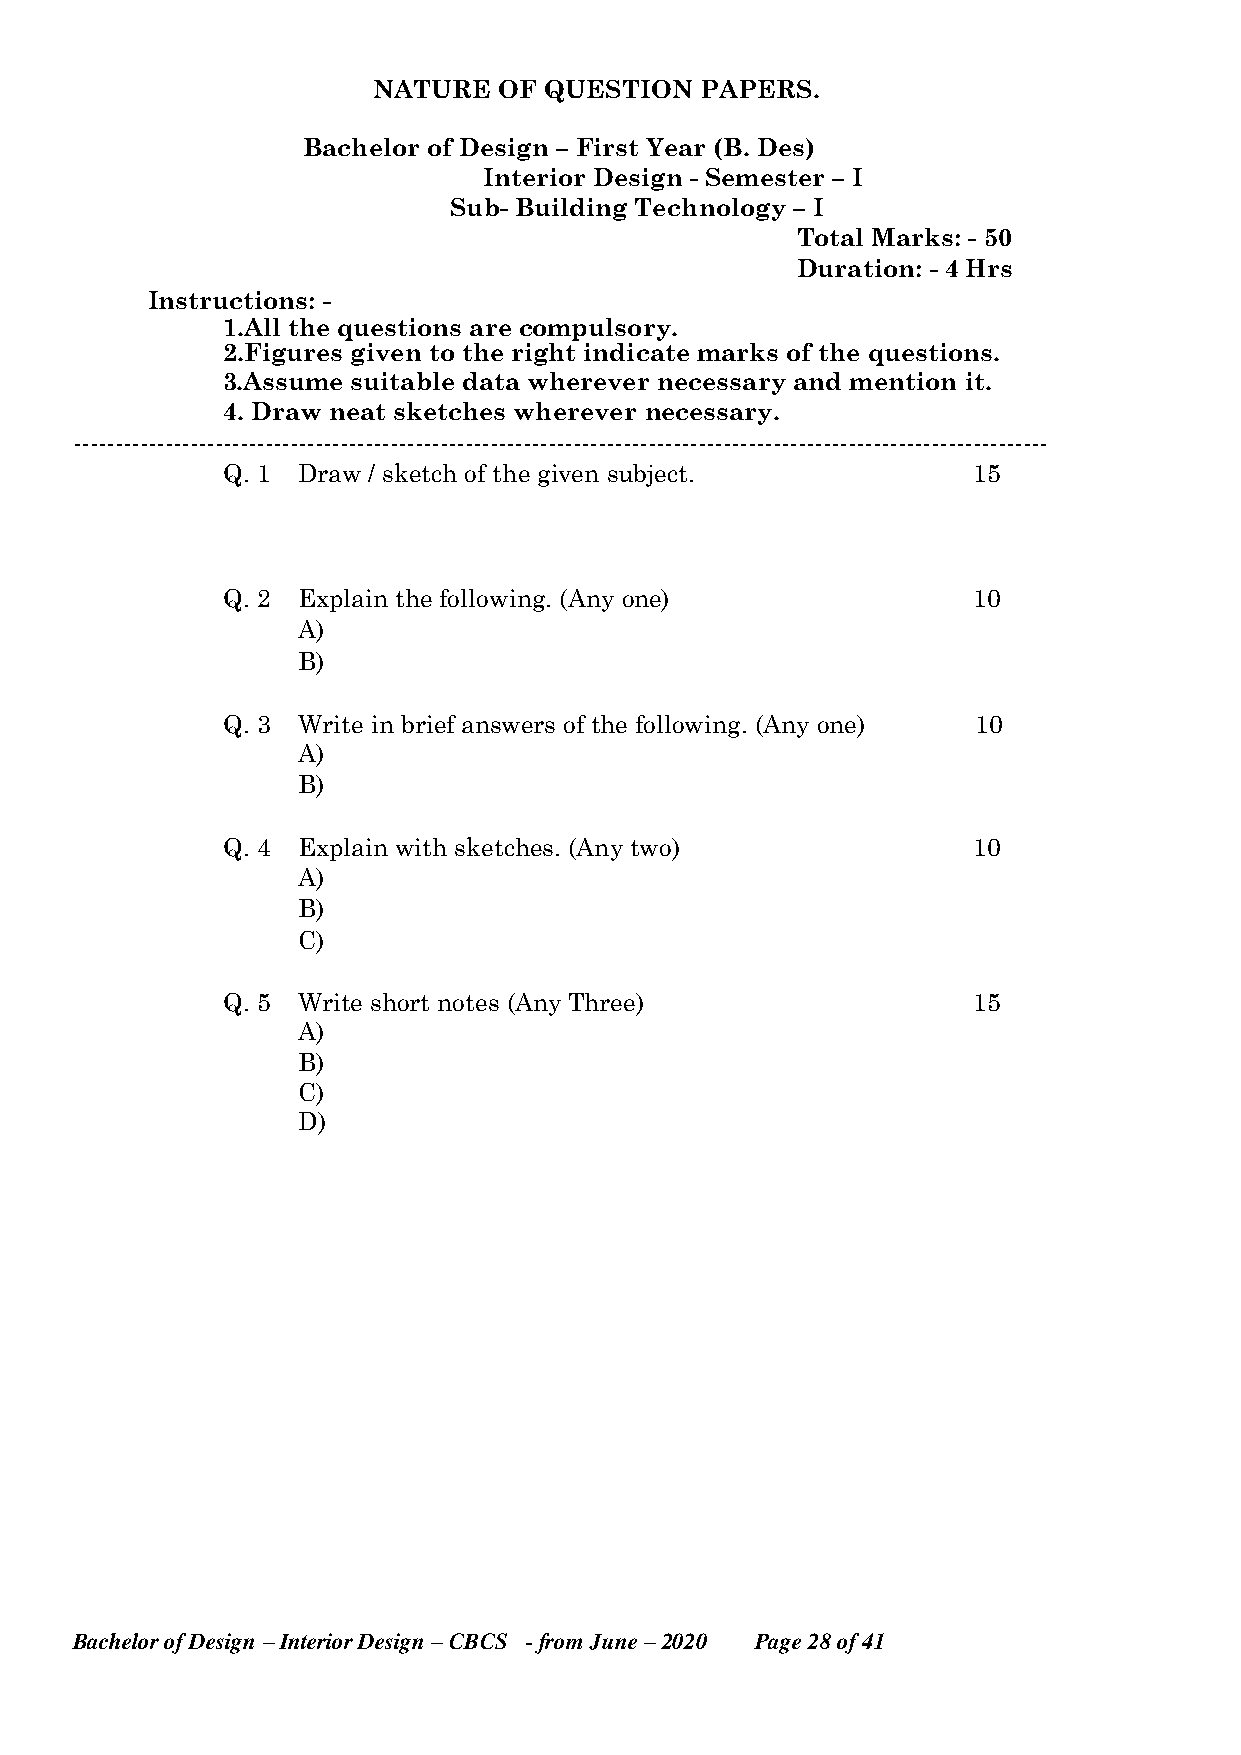
NATURE  OF QUESTION  PAPERS.
 Bachelor of Design – First Year (B. Des)
 Interior Design - Semester – I
 Sub- Building Technology – I
 Total Marks: - 50
 Duration: - 4 Hrs
 Instructions: -
 1.All the questions are compulsory.
 2.Figures given to the right indicate marks of the questions.
 3.Assume suitable data wherever necessary and mention it.
 4. Draw neat sketches wherever necessary.
 ---------------------------------------------------------------------------------------------------------------------
 Q. 1 Draw / sketch of the given subject.         15
 Q. 2 Explain the following. (Any one)            10
 A)
 B)
 Q. 3 Write in brief answers of the following. (Any one) 10
 A)
 B)
 Q. 4 Explain with sketches. (Any two)            10
 A)
 B)
 C)
 Q. 5 Write short notes (Any Three)               15
 A)
 B)
 C)
 D)
 Bachelor of Design – Interior Design – CBCS - from June – 2020 Page 28 of 41